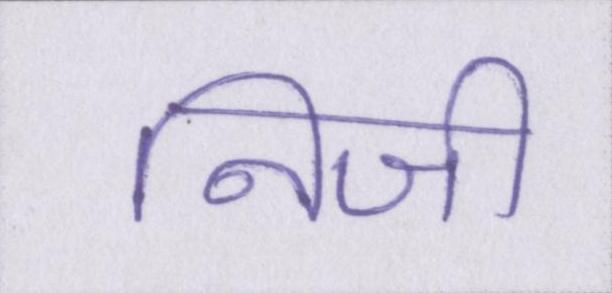
निजी